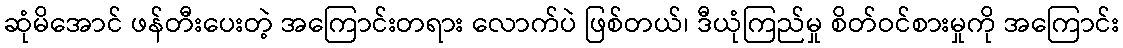
ဆုံမိအောင် ဖန်တီးပေးတဲ့ အကြောင်းတရား လောက်ပဲ ဖြစ်တယ်၊ ဒီယုံကြည်မှု စိတ်ဝင်စားမှုကို အကြောင်း